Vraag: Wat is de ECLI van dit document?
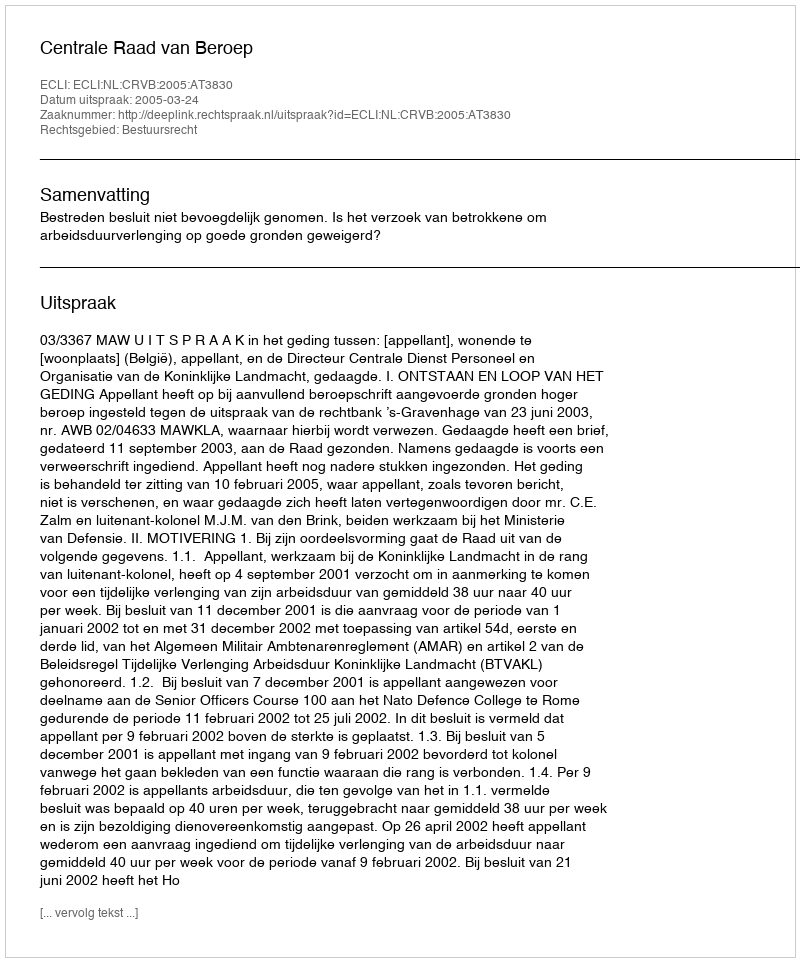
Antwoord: ECLI:NL:CRVB:2005:AT3830